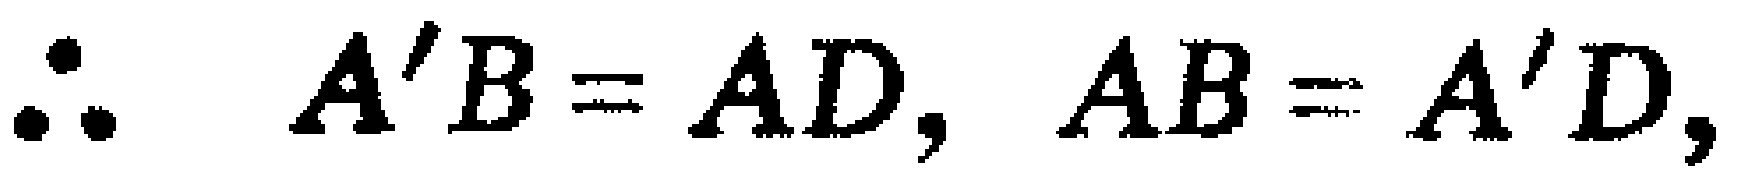
\(\therefore A^{\prime}B = AD, AB = A^{\prime}D,\)